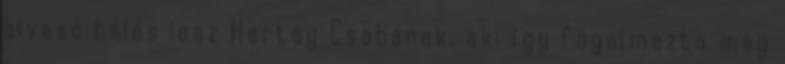
olvasó hálás lesz Hartay Csabának, aki így fogalmazta meg